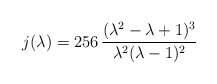
\begin{align*}j(\lambda)=256\,\frac{(\lambda^2-\lambda+1)^3}{\lambda^2(\lambda-1)^2}\end{align*}